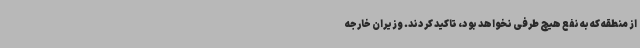
از منطقه که به نفع هیچ طرفی نخواهد بود، تاکید کردند. وزیران خارجه